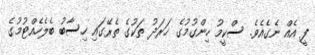
ފީ އެއް ނެގެއެވެ. ސްކީމު ހިންގުމުގެ ޚަރަދު ތަކުގެ ތެރޭގައި ހިސާބު ބެލެހެއްޓުމުގެ